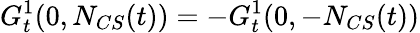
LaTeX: G_{t}^{1}(0,N_{CS}(t))=-G_{t}^{1}(0,-N_{CS}(t))